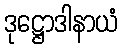
ဒုဋ္ဌောဒါနာယံ